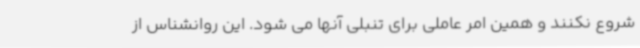
شروع نکنند و همین امر عاملی برای تنبلی آنها می شود. این روانشناس از